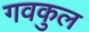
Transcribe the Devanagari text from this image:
गवकुल